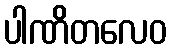
ပါဏိတလေဝ